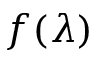
f ( \lambda )